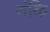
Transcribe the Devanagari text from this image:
न॑कि